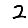
Digit: 2